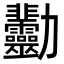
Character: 𠣋